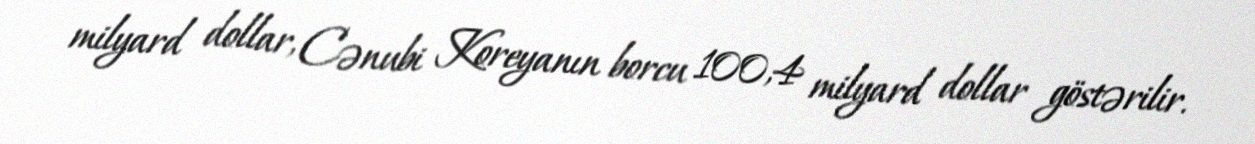
milyard dollar, Cənubi Koreyanın borcu 100,4 milyard dollar göstərilir.